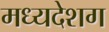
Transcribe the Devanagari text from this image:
मध्यदेशग